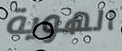
الهوية